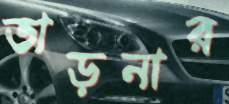
তাড়নার